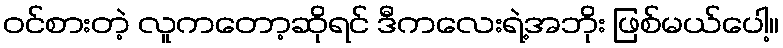
ဝင်စားတဲ့ လူကတော့ဆိုရင် ဒီကလေးရဲ့အဘိုး ဖြစ်မယ်ပေါ့။